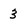
Character: 3